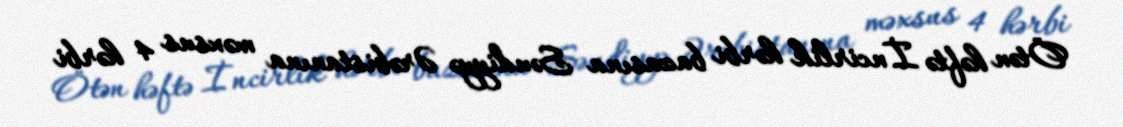
Ötən həftə İncirlik hərbi bazasına Səudiyyə Ərəbistanına məxsus 4 hərbi